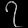
Digit: ၇